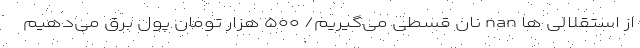
از استقلالی ها nan نان قسطی می‌گیریم/ ۵۰۰ هزار تومان پول برق می‌دهیم